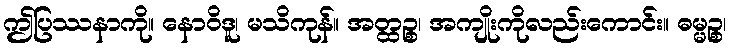
ဤပြဿနာကို။ နောဝိဒူ၊ မသိကုန်။ အတ္ထဉ္စ၊ အကျိုးကိုလည်းကောင်း။ ဓမ္မဉ္စ၊